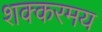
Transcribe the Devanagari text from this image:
शक्करमय